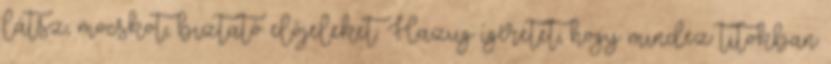
látsz, mocskot, biztató előjeleket. Hazug ígéretet, hogy mindez titokban